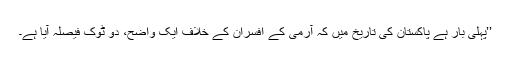
’’پہلی بار ہے پاکستان کی تاریخ میں کہ آرمی کے افسران کے خلاف ایک واضح، دو ٹوک فیصلہ آیا ہے۔